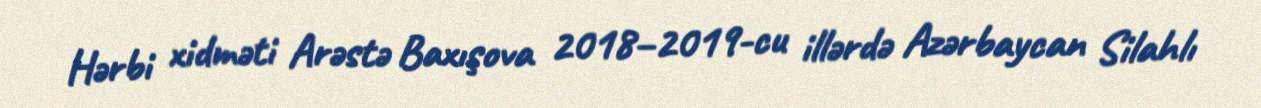
Hərbi xidməti Arəstə Baxışova 2018–2019-cu illərdə Azərbaycan Silahlı